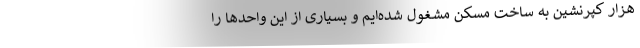
هزار کپرنشین به ساخت مسکن مشغول شده‌ایم و بسیاری از این واحدها را